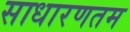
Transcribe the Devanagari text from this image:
साधारणतम